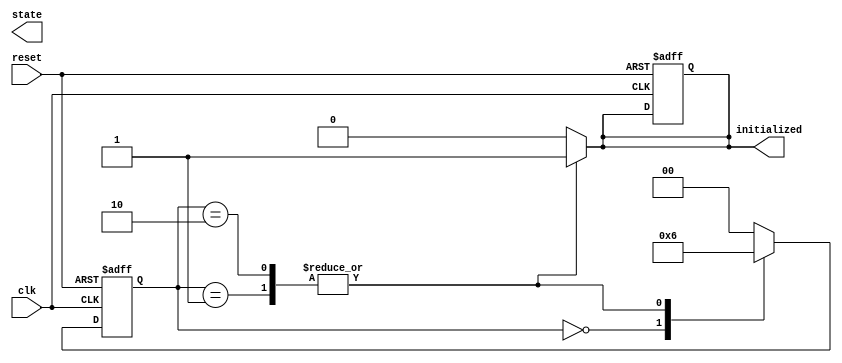
module clock_cycle_initialization (
    input wire        clk,       // Clock signal
    input wire        reset,     // Asynchronous reset
    output reg        initialized,// Initialization completed flag
    output reg [1:0] state       // Current state output
);

// State encoding
localparam IDLE = 2'b00;
localparam INITIALIZING = 2'b01;
localparam READY = 2'b10;

// Internal state variable
reg [1:0] current_state, next_state;

// Sequential always block for state transition
always @(posedge clk or posedge reset) begin
    if (reset) begin
        current_state <= IDLE; // Transition to IDLE on reset
        initialized <= 1'b0;   // Initialization is not complete
    end else begin
        current_state <= next_state; // Update state on clock edge
    end
end

// Combinational always block for next state logic
always @(*) begin
    case (current_state)
        IDLE: begin
            next_state = INITIALIZING; // Transition from IDLE to INITIALIZING
            initialized = 1'b0;        // Not initialized yet
        end
        INITIALIZING: begin
            // Setup initial values here
            // All necessary initializations take place

            // After initialization is complete, transition to READY
            next_state = READY;
            initialized = 1'b1;        // Indicate initialization complete
        end
        READY: begin
            next_state = READY;        // Remain in READY state
            initialized = 1'b1;        // Still initialized
        end
        default: begin
            next_state = IDLE;         // Fallback to IDLE
            initialized = 1'b0;        // Not initialized
        end
    endcase
end

endmodule